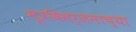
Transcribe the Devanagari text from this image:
मूत्रविसर्जनाच्या